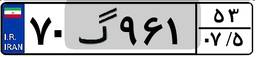
۷۰گ۹۶۱۵۳